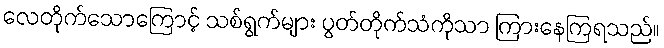
လေတိုက်သောကြောင့် သစ်ရွက်များ ပွတ်တိုက်သံကိုသာ ကြားနေကြရသည်။